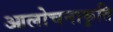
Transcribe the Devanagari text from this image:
आलोचनाकृति